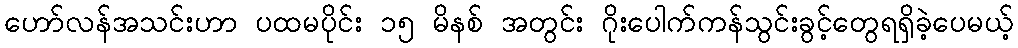
ဟော်လန်အသင်းဟာ ပထမပိုင်း ၁၅ မိနစ် အတွင်း ဂိုးပေါက်ကန်သွင်းခွင့်တွေရရှိခဲ့ပေမယ့်